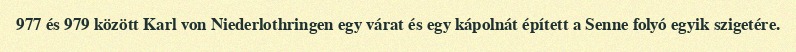
977 és 979 között Karl von Niederlothringen egy várat és egy kápolnát épített a Senne folyó egyik szigetére.